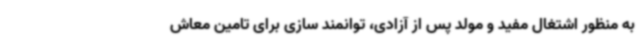
به منظور اشتغال مفید و مولد پس از آزادی، توانمند سازی برای تامین معاش